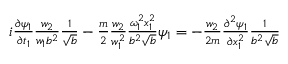
\begin{array} { r } { i \frac { \partial \psi _ { 1 } } { \partial t _ { 1 } } \frac { w _ { 2 } } { w _ { 1 } b ^ { 2 } } \frac { 1 } { \sqrt { b } } - \frac { m } { 2 } \frac { w _ { 2 } } { w _ { 1 } ^ { 2 } } \frac { \omega _ { 1 } ^ { 2 } x _ { 1 } ^ { 2 } } { b ^ { 2 } \sqrt { b } } \psi _ { 1 } = - \frac { w _ { 2 } } { 2 m } \frac { \partial ^ { 2 } \psi _ { 1 } } { \partial x _ { 1 } ^ { 2 } } \frac { 1 } { b ^ { 2 } \sqrt { b } } } \end{array}